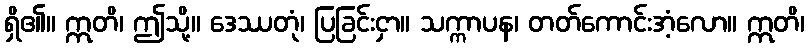
ရှိ၏။ ဣတိ၊ ဤသို့။ ဒေဿတုံ၊ ပြခြင်းငှာ။ သက္ကာပန၊ တတ်ကောင်းအံ့လော။ ဣတိ၊